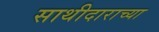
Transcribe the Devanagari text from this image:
साथीदाराच्या